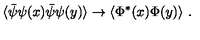
\langle \bar { \psi } \psi ( x ) \bar { \psi } \psi ( y ) \rangle \to \langle \Phi ^ { * } ( x ) \Phi ( y ) \rangle \ .